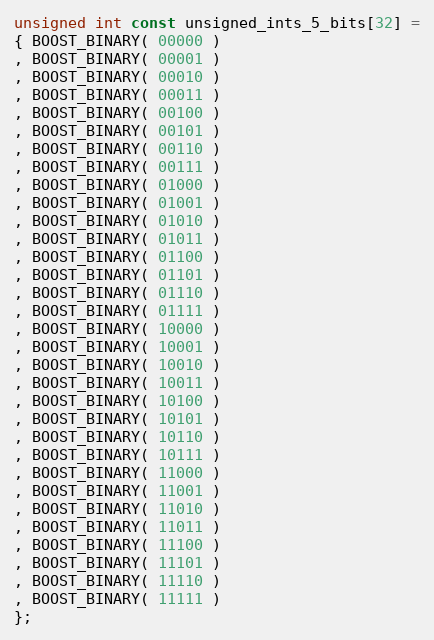
Language: C++
unsigned int const unsigned_ints_5_bits[32] =
{ BOOST_BINARY( 00000 )
, BOOST_BINARY( 00001 )
, BOOST_BINARY( 00010 )
, BOOST_BINARY( 00011 )
, BOOST_BINARY( 00100 )
, BOOST_BINARY( 00101 )
, BOOST_BINARY( 00110 )
, BOOST_BINARY( 00111 )
, BOOST_BINARY( 01000 )
, BOOST_BINARY( 01001 )
, BOOST_BINARY( 01010 )
, BOOST_BINARY( 01011 )
, BOOST_BINARY( 01100 )
, BOOST_BINARY( 01101 )
, BOOST_BINARY( 01110 )
, BOOST_BINARY( 01111 )
, BOOST_BINARY( 10000 )
, BOOST_BINARY( 10001 )
, BOOST_BINARY( 10010 )
, BOOST_BINARY( 10011 )
, BOOST_BINARY( 10100 )
, BOOST_BINARY( 10101 )
, BOOST_BINARY( 10110 )
, BOOST_BINARY( 10111 )
, BOOST_BINARY( 11000 )
, BOOST_BINARY( 11001 )
, BOOST_BINARY( 11010 )
, BOOST_BINARY( 11011 )
, BOOST_BINARY( 11100 )
, BOOST_BINARY( 11101 )
, BOOST_BINARY( 11110 )
, BOOST_BINARY( 11111 )
};